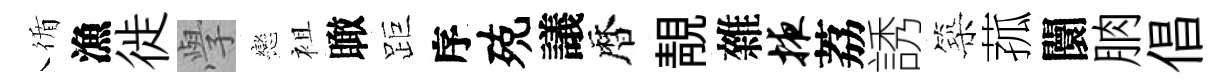
循漁徙𭓕戀袓瞰距序殑議暦靚雜掖荔誘築菰闤朒倡